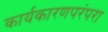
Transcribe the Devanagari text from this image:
कार्यकारणपरंपरा